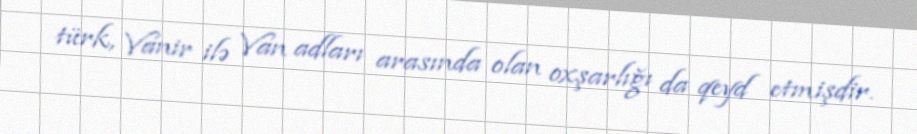
türk, Vanir ilə Van adları arasında olan oxşarlığı da qeyd etmişdir.